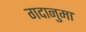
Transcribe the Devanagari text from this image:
गदानुमा